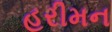
હરીમન